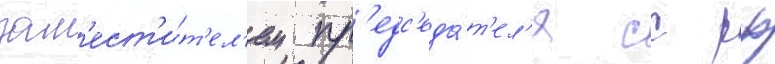
зам'ест'и́т'ел'ем пр'едс'еда́т'ел'я сс рф